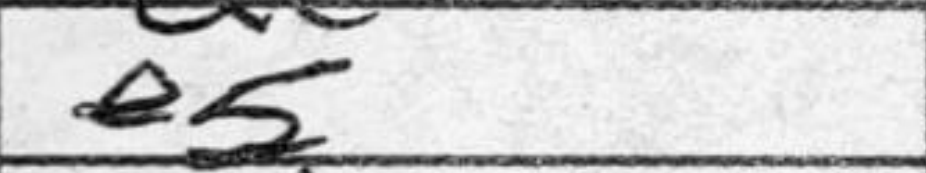
Transcription: e5